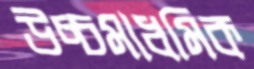
উচ্চমাধমিক